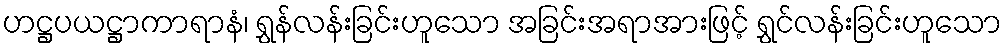
ဟဋ္ဌပယဋ္ဌာကာရာနံ၊ ရွှန်လန်းခြင်းဟူသော အခြင်းအရာအားဖြင့် ရွှင်လန်းခြင်းဟူသော